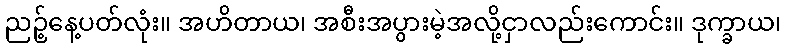
ညဉ့်နေ့ပတ်လုံး။ အဟိတာယ၊ အစီးအပွားမဲ့အလို့ငှာလည်းကောင်း။ ဒုက္ခာယ၊